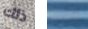
ذلك الذي